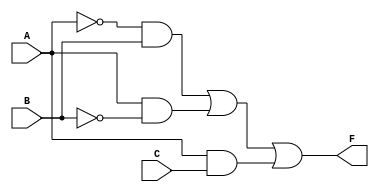
module combinational_logic (
    input wire A,  // Input A
    input wire B,  // Input B
    input wire C,  // Input C
    output wire F  // Output F
);

// Internal signals for essential prime implicants
wire A_not;      // A'
wire B_not;      // B'
wire C_not;      // C'
wire term1;      // A'B
wire term2;      // AB'
wire term3;      // AC

// NOT gates for inversion
assign A_not = ~A;  // A'
assign B_not = ~B;  // B'
assign C_not = ~C;  // C'

// AND gates for essential prime implicants
assign term1 = A_not & B;  // A'B
assign term2 = A & B_not;   // AB'
assign term3 = A & C;       // AC

// OR gate to combine the essential prime implicants
assign F = term1 | term2 | term3;  // F = A'B + AB' + AC

endmodule